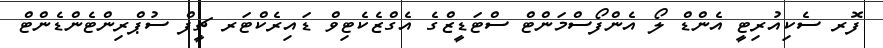
ފޮރ ސެކިއުރިޓީ އެންޑް ލޯ އެންފޯސްމަންޓް ސްޓަޑީޒްގެ އެގްޒެކެޓިވް ޑައިރެކްޓަރ ޗީފް ސުޕްރިންޓެންޑެންޓް